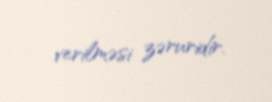
verilməsi zəruridir.